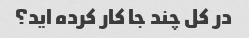
در کل چند جا کار کرده اید؟